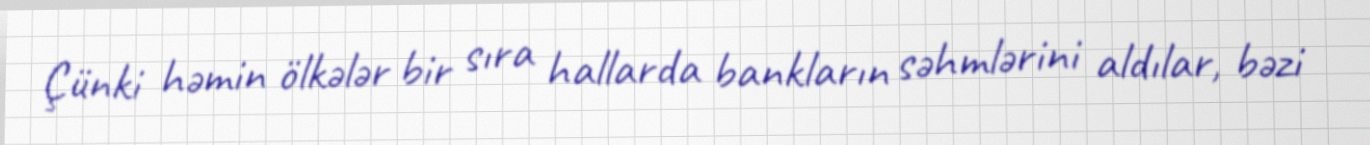
Çünki həmin ölkələr bir sıra hallarda bankların səhmlərini aldılar, bəzi